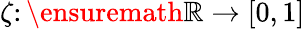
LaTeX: \zeta\colon\ensuremath{\mathbb{R}}\to[0,1]